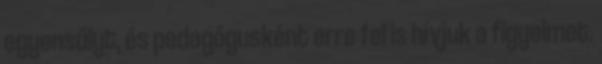
egyensúlyt, és pedagógusként erre fel is hívjuk a figyelmet.